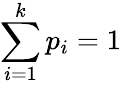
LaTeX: \sum_{i=1}^{k}p_{i}=1